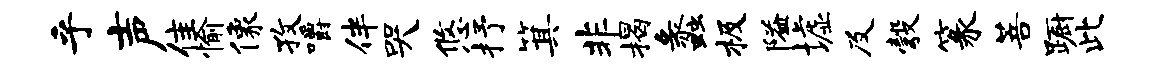
乎声隹愉像孜嚼伴哭悠抒箕非揭蠡极隘墟及彀篆菩蹰此